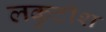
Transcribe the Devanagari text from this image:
लकुटीश